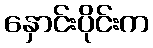
နှောင်းပိုင်းက